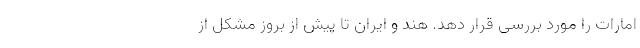
امارات را مورد بررسی قرار دهد. هند و ایران تا پیش از بروز مشکل از